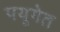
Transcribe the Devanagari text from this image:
पयूगेत